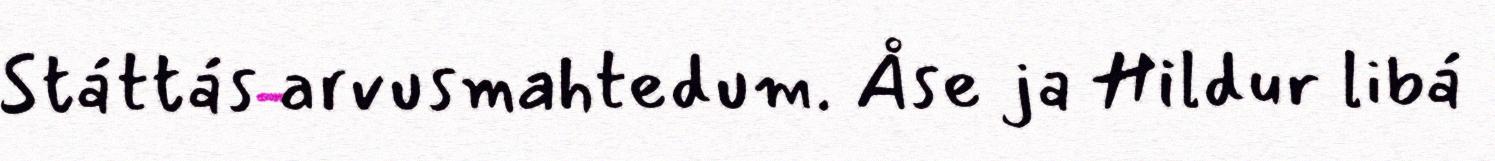
Státtás arvusmahtedum. Åse ja Hildur libá